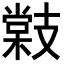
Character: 𭣜